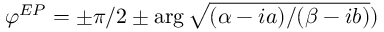
\varphi ^ { E P } = \pm \pi / 2 \pm \arg \sqrt { ( \alpha - i a ) / ( \beta - i b ) } )